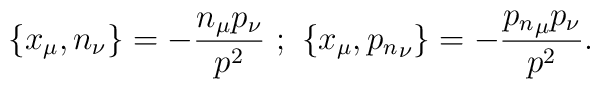
\{x_{\mu},n_{\nu}\}=-\frac{n_{\mu}p_{\nu}}{p^{2}}~;~\{x_{\mu},{p_n}_{\nu}\}=-\frac{{p_n}_{\mu}p_{\nu}}{p^{2}}.